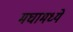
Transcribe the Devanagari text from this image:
मघामध्ये